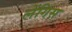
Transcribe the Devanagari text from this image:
लेंगिस